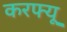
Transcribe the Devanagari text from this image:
करफ्यू